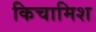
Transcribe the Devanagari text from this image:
किचामिश